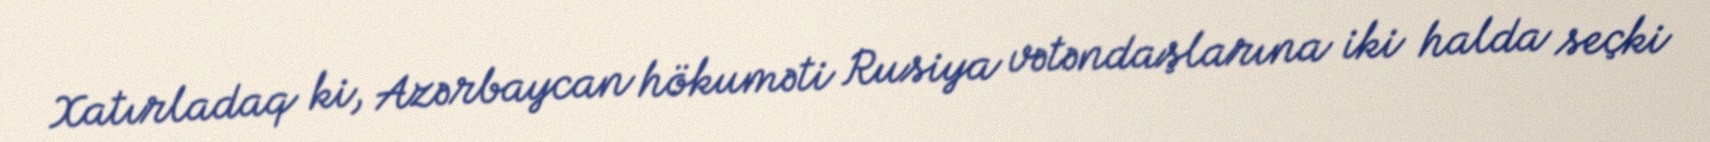
Xatırladaq ki, Azərbaycan hökuməti Rusiya vətəndaşlarına iki halda seçki